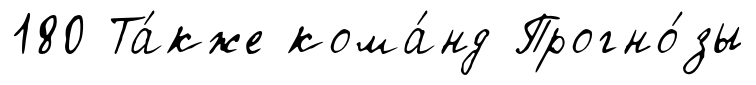
180 Та́кже кома́нд Прогно́зы